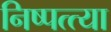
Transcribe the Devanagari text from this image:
निष्पत्त्या